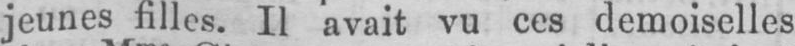
jeunes filles. Il avait vu ces demoiselles